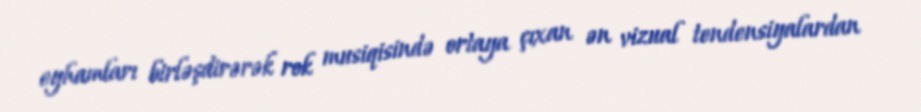
eyhamları birləşdirərək rok musiqisində ortaya çıxan ən vizual tendensiyalardan